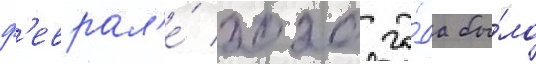
ф'еврал'е́ 2020 го́да бы́ло